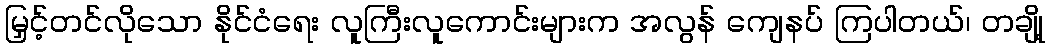
မြှင့်တင်လိုသော နိုင်ငံရေး လူကြီးလူကောင်းများက အလွန် ကျေနပ် ကြပါတယ်၊ တချို့